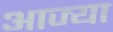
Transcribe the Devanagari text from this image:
आज्या